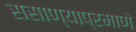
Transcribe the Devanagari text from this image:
ससाण्याप्रमाणे